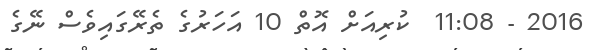
2016 - 11:08  ކުރިއަށް އޮތް 10 އަހަރުގެ ތެރޭގައިވެސް ނޭގެ